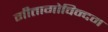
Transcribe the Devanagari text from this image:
गीतागोविन्दम